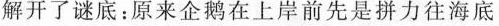
解开了谜底：原来企鹅在上岸前先是拼力往海底